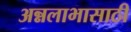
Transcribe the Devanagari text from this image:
अन्नलाभासाठी